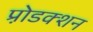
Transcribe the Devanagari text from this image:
प्रो़डक्शन